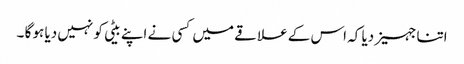
اتنا جہیز دیا کہ اس کے علا قے میں کسی نے اپنے بیٹی کو نہیں دیا ہو گا ۔